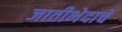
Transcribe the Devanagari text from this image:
जातीभेदाचे